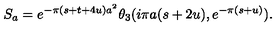
S _ { a } = e ^ { - \pi ( s + t + 4 u ) a ^ { 2 } } \theta _ { 3 } ( i \pi a ( s + 2 u ) , e ^ { - \pi ( s + u ) } ) .